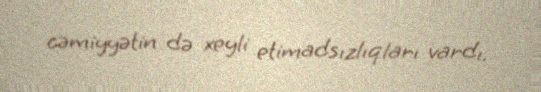
cəmiyyətin də xeyli etimadsızlıqları vardı.